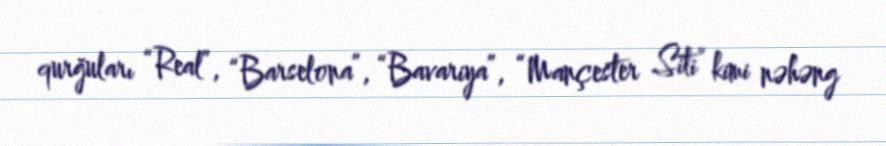
qurğuları “Real”, “Barselona”, “Bavariya”, “Mançester Siti” kimi nəhəng